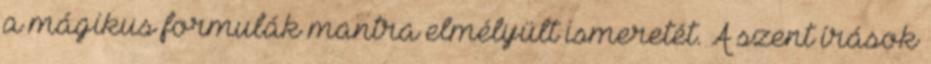
a mágikus formulák mantra elmélyült ismeretét. A szent írások